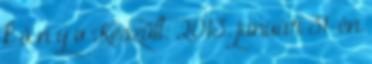
k ö n y v Készült: 2013. január 31-én